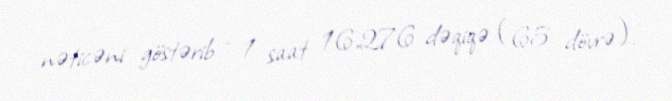
nəticəni göstərib - 1 saat 16,276 dəqiqə (65 dövrə).